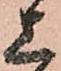
上